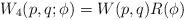
LaTeX: \begin{align*}W_4(p, q; \phi) = W(p, q) R(\phi)\end{align*}